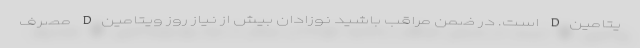
یتامینD است. در ضمن مراقب باشید نوزادان بیش از نیاز روز ویتامینD مصرف